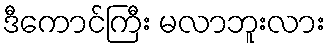
ဒီကောင်ကြီး မလာဘူးလား